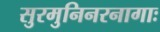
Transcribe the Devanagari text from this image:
सुरमुनिनरनागाः